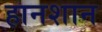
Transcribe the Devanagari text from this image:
हानशान